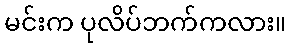
မင်းက ပုလိပ်ဘက်ကလား။